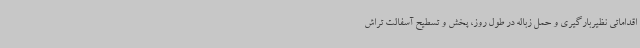
اقداماتی نظیربارگیری و حمل زباله در طول روز، پخش و تسطیح آسفالت تراش